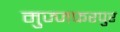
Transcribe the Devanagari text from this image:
मुज्जफरपुर